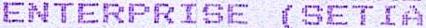
ENTERPRISE (SETIA